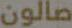
صالون